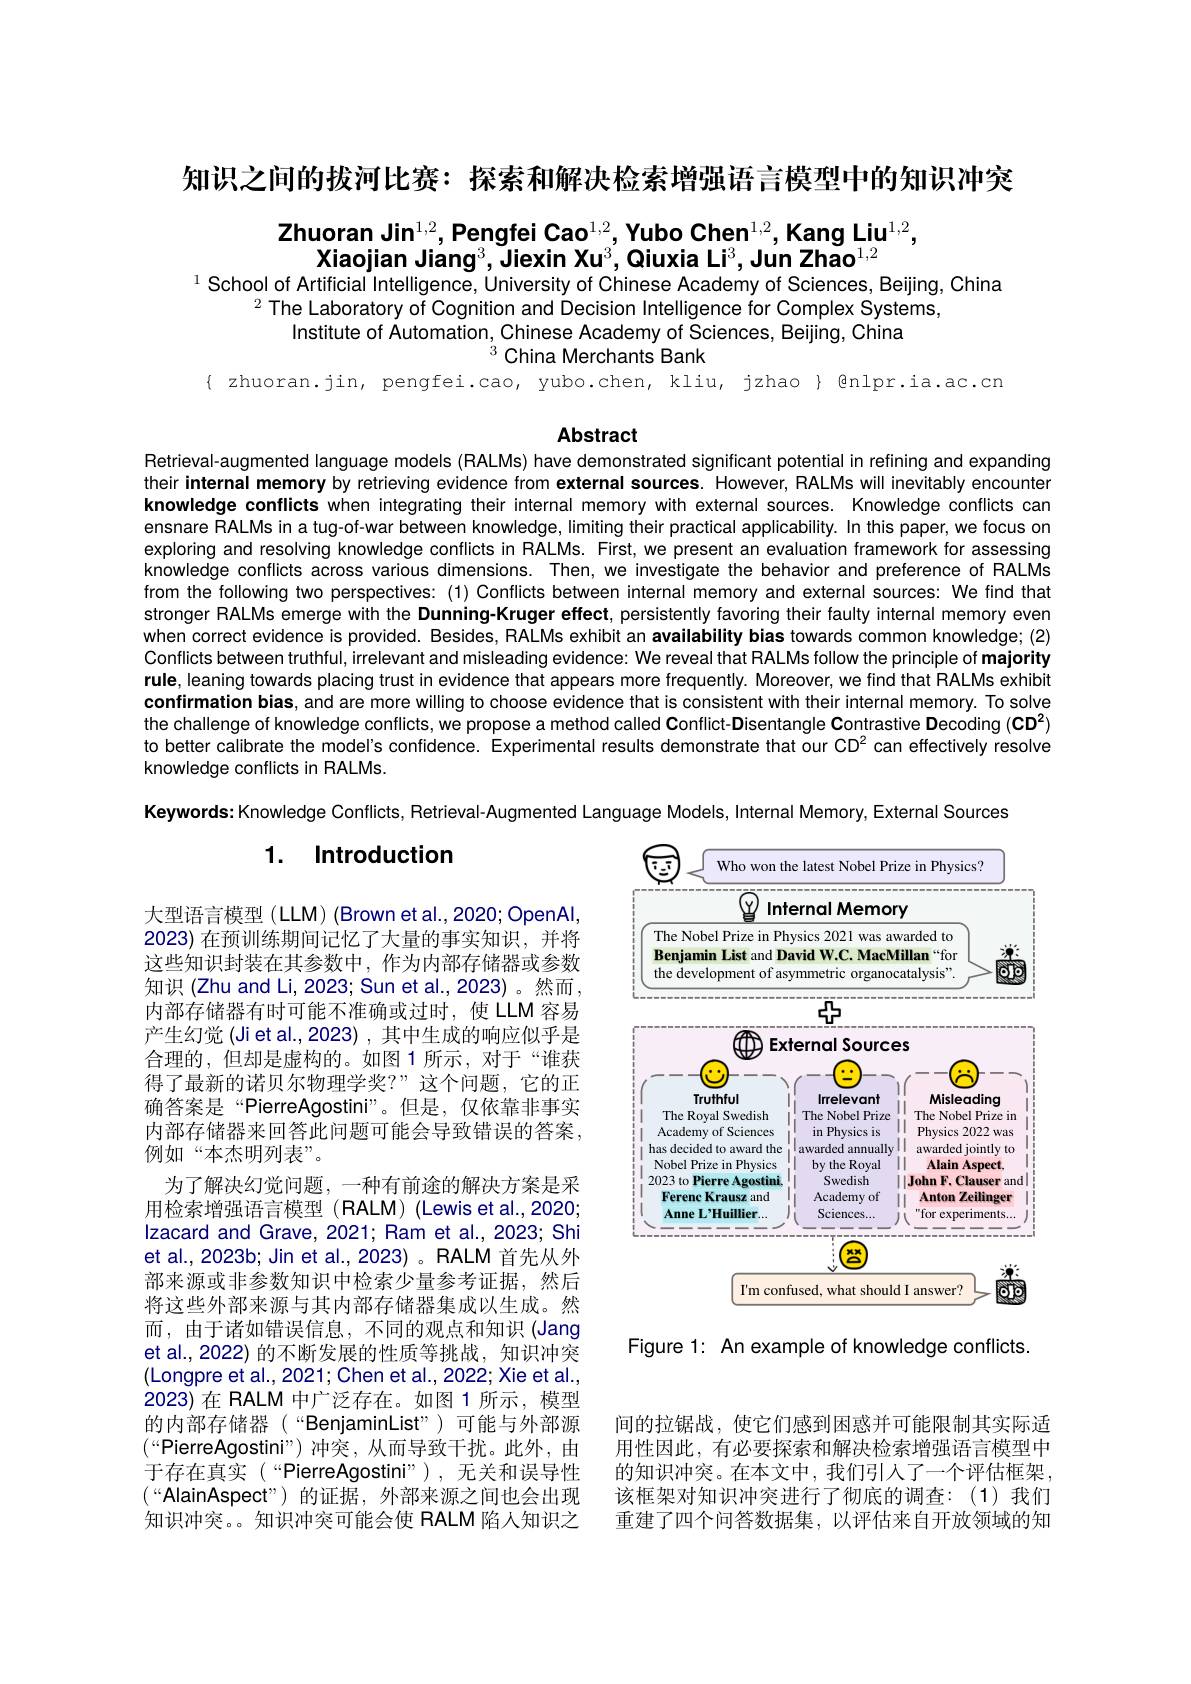
知识之间的拔河比赛：探索和解决检索增强语言模型中的知识冲突

# $\textbf{Zhuoran Jin}^{1,2},\textbf{Pengfei Cao}^{1,2},\textbf{Yubo Chen}^{1,2},\textbf{Kang Liu}^{1,2}$, Xiaojian Jiang$^3$,Jiexin Xu$^3$,Qiuxia Li$^3$,Jun Zhao$^1,2$ $^{1}$ School of Artificial Intelligence, University of Chinese Academy of Sciences, Beijing, China

$^{2}$The Laboratory of Cognition and Úecision Intelligence for Complex Systems,
Institute of Automation, Chinese Academy of Sciences, Beijing, China
$^{3}$ China Merchants Bank
{ zhuoran.jin, pengfei.cao, yubo.chen, kliu, jzhao } Qnlpr.ia.ac.cn

## Abstract

Retrieval-augmented language models (RALMs) have demonstrated significant potential in refining and expanding their internal memory by retrieving evidence from external sources. However, RALMs will inevitably encounter knowledge conflicts when integrating their internal memory with external sources. Knowledge conflicts can ensnare RALMs in a tug-of-war between knowledge, limiting their practical applicability. In this paper, we focus on exploring and resolving knowledge conflicts in RALMs. First, we present an evaluation framework for assessing knowledge conflicts across various dimensions. Then, we investigate the behavior and preference of RALMs from the following two perspectives: (1) Conflicts between internal memory and external sources: We find that stronger RALMs emerge with the Dunning-Kruger effect, persistently favoring their faulty internal memory even when correct evidence is provided. Besides, RALMs exhibit an availability bias towards common knowledge; (2) Conflicts between truthful, irrelevant and misleading evidence: We reveal that RALMs follow the principle of majority rule, leaning towards placing trust in evidence that appears more frequently. Moreover, we find that RALMs exhibit confirmation bias, and are more willing to choose evidence that is consistent with their internal memory. To solve the challenge of knowledge conflicts, we propose a method called Conflict-Disentangle Contrastive Decoding (CD$^2)$ to better calibrate the model's confidence. Experimental results demonstrate that our CD$^{2}$ can effectively resolve knowledge conflicts in RALMs
Keywords: Knowledge Conflicts, Retrieval-Augmented Language Models, Internal Memory, External Sources

## 1. Introduction

<FigureHere>

大型语言模型(LLM)(Brown et al.,2020; OpenAl, 2023)在预训练期间记忆了大量的事实知识，并将这些知识封装在其参数中，作为内部存储器或参数知识 (Zhu and Li, 2023; Sun et al., 2023)。然而， 内部存储器有时可能不准确或过时，使 LLM 容易产生幻觉 (Jiet al.,2023) ,其中生成的响应似乎是合理的，但却是虚构的。如图1所示，对于“谁获得了最新的诺贝尔物理学奖？”这个问题，它的正确答案是“PierreAgostini”。但是，仅依靠非事实内部存储器来回答此问题可能会导致错误的答案， 例如“本杰明列表”。
为了解决幻觉问题，一种有前途的解决方案是采用检索增强语言模型 (RALM) (Lewis et al.,2020; Izacard and Grave, 2021; Ram et al., 2023; Shi et al., 2023b; Jin et al., 2023) 。RALM 首先从外部来源或非参数知识中检索少量参考证据，然后将这些外部来源与其内部存储器集成以生成。然而，由于诸如错误信息，不同的观点和知识(Jang et al., 2022) 的不断发展的性质等挑战，知识冲突(Longpre et al., 2021; Chen et al., 2022; Xie et al., 2023)在 RALM 中广泛存在。如图 1 所示，模型的内部存储器(“BenjaminList”)可能与外部源$(“$PierreAgostini”)冲突，从而导致干扰。此外，由于存在真实(“PierreAgostini”),无关和误导性$(“$AlainAspect”)的证据，外部来源之间也会出现知识冲突。。知识冲突可能会使 RALM 陷人知识之

Figure 1: An example of knowledge conflicts.

间的拉锯战，使它们感到困惑并可能限制其实际适用性因此，有必要探索和解决检索增强语言模型中的知识冲突。在本文中，我们引人了一个评估框架， 该框架对知识冲突进行了彻底的调查：(1)我们重建了四个问答数据集，以评估来自开放领域的知